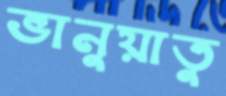
ভানুয়াতু